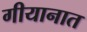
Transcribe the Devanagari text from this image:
गीयानात